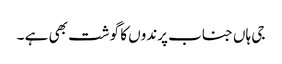
جی ہاں جناب پرندوں کا گوشت بھی ہے ۔